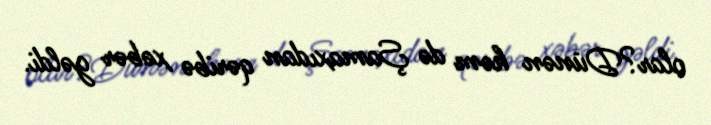
olar?Dünən həm də Şamaxıdan qəribə xəbər gəldi.